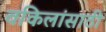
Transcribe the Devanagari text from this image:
वकिलांसाठी